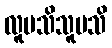
လူမသိသူမသိ